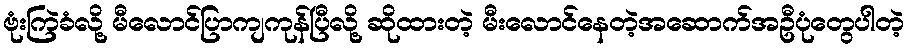
ဗုံးကြဲခံလို့ မီလောင်ပြာကျကုန်ပြီလို့ ဆိုထားတဲ့ မီးလောင်နေတဲ့အဆောက်အဦပုံတွေပါတဲ့